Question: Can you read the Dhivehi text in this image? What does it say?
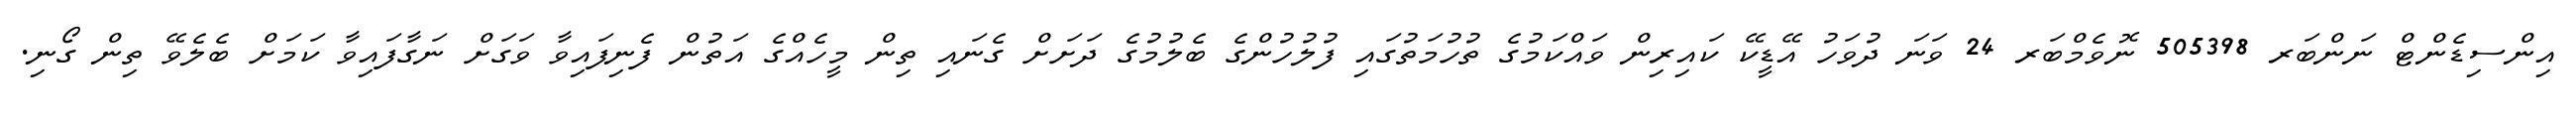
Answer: އިންސިޑެންޓް ނަންބަރ 505398 ނޮވެމްބަރ 24 ވަނަ ދުވަހު އޭޑީކޭ ކައިރިން ވައްކަމުގެ ތުހުމަތުގައި ފުލުހުންގެ ބެލުމުގެ ދަށަށް ގެނައި ތިން މީހެއްގެ އަތުން ފެނިފައިވާ ވަގަށް ނަގާފައިވާ ކަމަށް ބެލެވޭ ތިން ގޯނި.